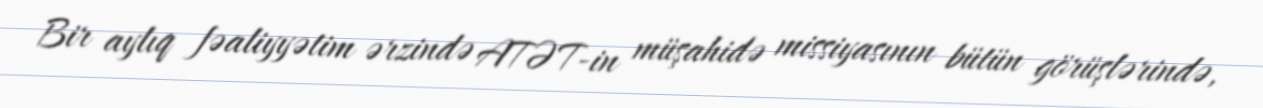
Bir aylıq fəaliyyətim ərzində ATƏT-in müşahidə missiyasının bütün görüşlərində,